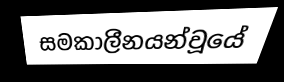
සමකාලීනයන්වූයේ